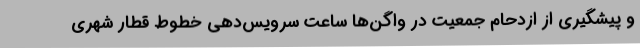
و پیشگیری از ازدحام جمعیت در واگن‌ها ساعت سرویس‌دهی خطوط قطار شهری